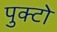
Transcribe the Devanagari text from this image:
पुक्टो